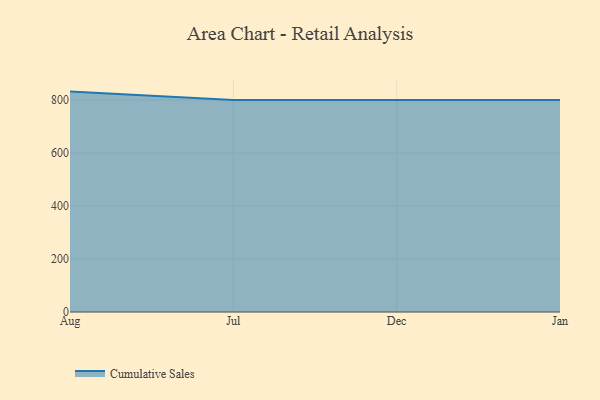
{"axis": {"x": "Month", "y": "Budget (USD K)"}, "legend": ["Cumulative Sales"], "data": [{"x": "Aug", "y": 831.9, "type": "Cumulative Sales"}, {"x": "Jul", "y": 800, "type": "Cumulative Sales"}, {"x": "Dec", "y": 800, "type": "Cumulative Sales"}, {"x": "Jan", "y": 800, "type": "Cumulative Sales"}]}